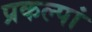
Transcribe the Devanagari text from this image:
प्रकल्पां